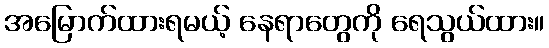
အမြောက်ထားရမယ့် နေရာတွေကို ရေသွယ်ထား။